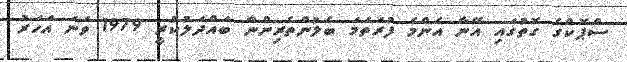
ސްޕޮކްގެ ގޮތުގައި އޭނާ އެންމެ ފުރަތަމަ ބެލުންތެރިންނާ ބައްދަލުކުރީ 1979 ވަނަ އަހަރު